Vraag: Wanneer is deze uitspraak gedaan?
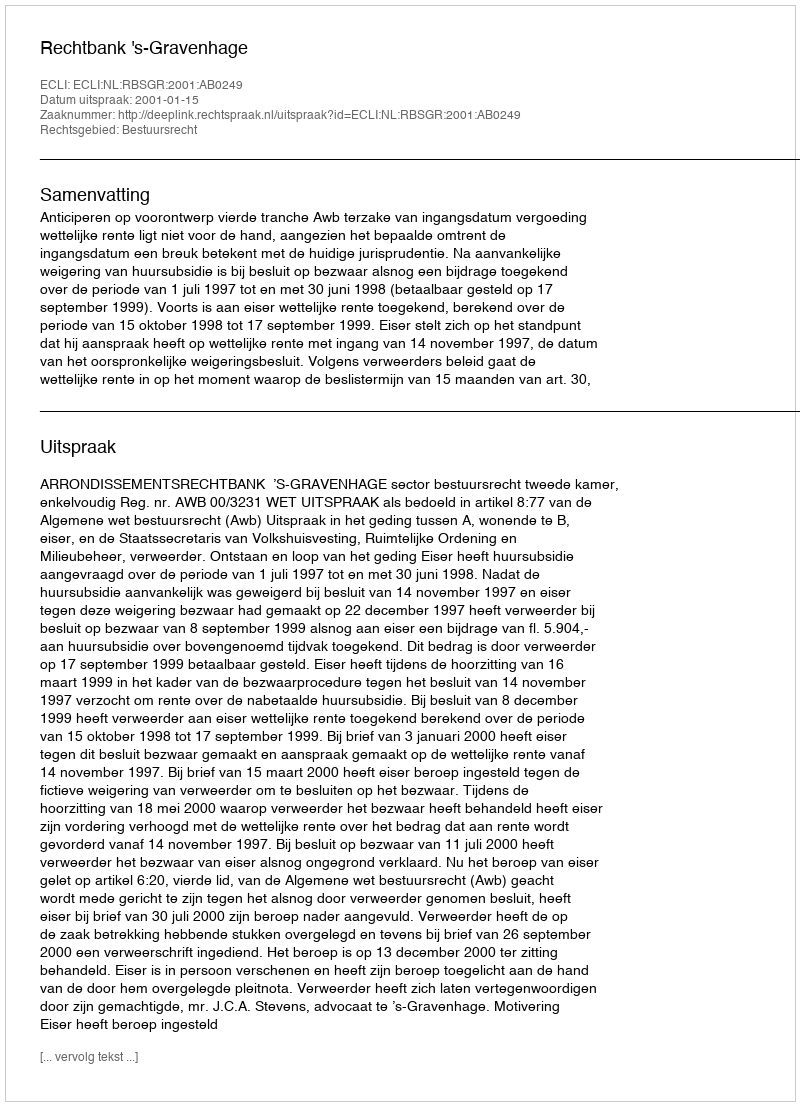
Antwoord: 2001-01-15